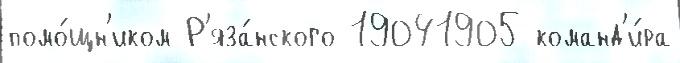
помо́щн'иком Р'яза́нского 19041905 команд'и́ра